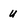
Character: u